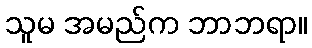
သူမ အမည်က ဘာဘရာ။